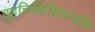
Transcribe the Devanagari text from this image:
बृहत्तिथिचिंतामणि